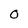
Character: 0